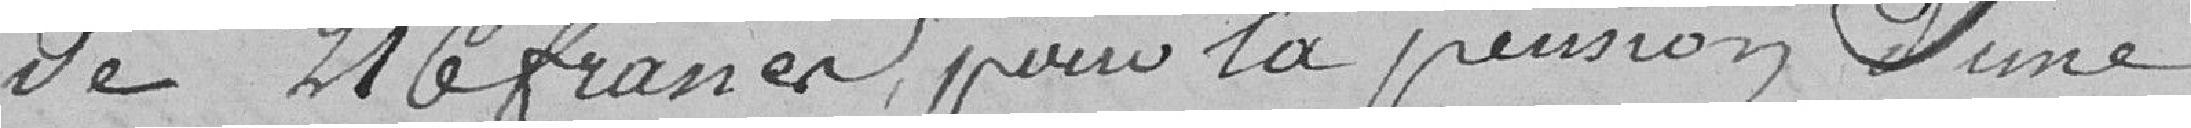
de 216 francs pour la pension d'une